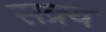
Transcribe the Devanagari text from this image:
सक्र्य